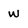
Character: w